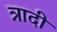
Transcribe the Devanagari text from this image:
त्रादी